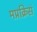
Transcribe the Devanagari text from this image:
मप्रक्रिसं